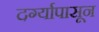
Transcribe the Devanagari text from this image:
दर्ग्यापासून